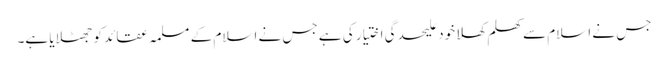
جس نے اسلام سے کھلم کھلا خود علیحدگی اختیار کی ہے جس نے اسلام کے مسلمہ عقائد کو جھٹلایا ہے۔